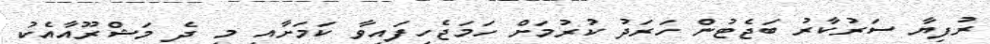
ރުފިޔާ ސަރުކާރު ބަޖެޓުން ހަރަދު ކުރުމަށް ހަމަޖެހިފައިވާ ކަމަށާއި މި ދެ މަޝްރޫއާއެކު